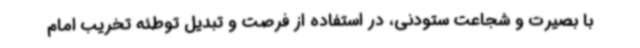
با بصیرت و شجاعت ستودنی، در استفاده از فرصت و تبدیل توطئه تخریب امام